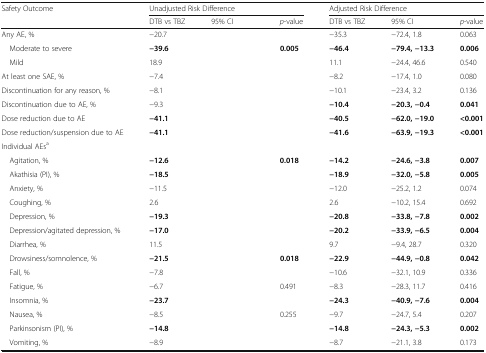
<table><thead><tr><td rowspan="2"><b>Safety Outcome</b></td><td colspan="3"><b>Unadjusted Risk Difference</b></td><td colspan="3"><b>Adjusted Risk Difference</b></td></tr><tr><td><b>DTB vs TBZ</b></td><td><b>95% CI</b></td><td><b><i>p</i>-value</b></td><td><b>DTB vs TBZ</b></td><td><b>95% CI</b></td><td><b><i>p</i>-value</b></td></tr></thead><tbody><tr><td>Any AE, %</td><td>−20.7</td><td>[EMPTY_CELL]</td><td>[EMPTY_CELL]</td><td>−35.3</td><td>−72.4, 1.8</td><td>0.063</td></tr><tr><td> Moderate to severe</td><td><b>−39.6</b></td><td>[EMPTY_CELL]</td><td><b>0.005</b></td><td><b>−46.4</b></td><td><b>−79.4, −13.3</b></td><td><b>0.006</b></td></tr><tr><td> Mild</td><td>18.9</td><td>[EMPTY_CELL]</td><td>[EMPTY_CELL]</td><td>11.1</td><td>−24.4, 46.6</td><td>0.540</td></tr><tr><td>At least one SAE, %</td><td>−7.4</td><td>[EMPTY_CELL]</td><td>[EMPTY_CELL]</td><td>−8.2</td><td>−17.4, 1.0</td><td>0.080</td></tr><tr><td>Discontinuation for any reason, %</td><td>−8.1</td><td>[EMPTY_CELL]</td><td>[EMPTY_CELL]</td><td>−10.1</td><td>−23.4, 3.2</td><td>0.136</td></tr><tr><td>Discontinuation due to AE, %</td><td>−9.3</td><td>[EMPTY_CELL]</td><td>[EMPTY_CELL]</td><td><b>−10.4</b></td><td><b>−20.3, −0.4</b></td><td><b>0.041</b></td></tr><tr><td>Dose reduction due to AE</td><td><b>−41.1</b></td><td>[EMPTY_CELL]</td><td>[EMPTY_CELL]</td><td><b>−40.5</b></td><td><b>−62.0, −19.0</b></td><td><b>&lt;0.001</b></td></tr><tr><td>Dose reduction/suspension due to AE</td><td><b>−41.1</b></td><td>[EMPTY_CELL]</td><td>[EMPTY_CELL]</td><td><b>−41.6</b></td><td><b>−63.9, −19.3</b></td><td><b>&lt;0.001</b></td></tr><tr><td colspan="7">Individual AEs<sup>a</sup></td></tr><tr><td> Agitation, %</td><td><b>−12.6</b></td><td>[EMPTY_CELL]</td><td><b>0.018</b></td><td><b>−14.2</b></td><td><b>−24.6, −3.8</b></td><td><b>0.007</b></td></tr><tr><td> Akathisia (PI), %</td><td><b>−18.5</b></td><td>[EMPTY_CELL]</td><td>[EMPTY_CELL]</td><td><b>−18.9</b></td><td><b>−32.0, −5.8</b></td><td><b>0.005</b></td></tr><tr><td> Anxiety, %</td><td>−11.5</td><td>[EMPTY_CELL]</td><td>[EMPTY_CELL]</td><td>−12.0</td><td>−25.2, 1.2</td><td>0.074</td></tr><tr><td> Coughing, %</td><td>2.6</td><td>[EMPTY_CELL]</td><td>[EMPTY_CELL]</td><td>2.6</td><td>−10.2, 15.4</td><td>0.692</td></tr><tr><td> Depression, %</td><td><b>−19.3</b></td><td>[EMPTY_CELL]</td><td>[EMPTY_CELL]</td><td><b>−20.8</b></td><td><b>−33.8, −7.8</b></td><td><b>0.002</b></td></tr><tr><td> Depression/agitated depression, %</td><td><b>−17.0</b></td><td>[EMPTY_CELL]</td><td>[EMPTY_CELL]</td><td><b>−20.2</b></td><td><b>−33.9, −6.5</b></td><td><b>0.004</b></td></tr><tr><td> Diarrhea, %</td><td>11.5</td><td>[EMPTY_CELL]</td><td>[EMPTY_CELL]</td><td>9.7</td><td>−9.4, 28.7</td><td>0.320</td></tr><tr><td> Drowsiness/somnolence, %</td><td><b>−21.5</b></td><td>[EMPTY_CELL]</td><td><b>0.018</b></td><td><b>−22.9</b></td><td><b>−44.9, −0.8</b></td><td><b>0.042</b></td></tr><tr><td> Fall, %</td><td>−7.8</td><td>[EMPTY_CELL]</td><td>[EMPTY_CELL]</td><td>−10.6</td><td>−32.1, 10.9</td><td>0.336</td></tr><tr><td> Fatigue, %</td><td>−6.7</td><td>[EMPTY_CELL]</td><td>0.491</td><td>−8.3</td><td>−28.3, 11.7</td><td>0.416</td></tr><tr><td> Insomnia, %</td><td><b>−23.7</b></td><td>[EMPTY_CELL]</td><td>[EMPTY_CELL]</td><td><b>−24.3</b></td><td><b>−40.9, −7.6</b></td><td><b>0.004</b></td></tr><tr><td> Nausea, %</td><td>−8.5</td><td>[EMPTY_CELL]</td><td>0.255</td><td>−9.7</td><td>−24.7, 5.4</td><td>0.207</td></tr><tr><td> Parkinsonism (PI), %</td><td><b>−14.8</b></td><td>[EMPTY_CELL]</td><td>[EMPTY_CELL]</td><td><b>−14.8</b></td><td><b>−24.3, −5.3</b></td><td><b>0.002</b></td></tr><tr><td> Vomiting, %</td><td>−8.9</td><td>[EMPTY_CELL]</td><td>[EMPTY_CELL]</td><td>−8.7</td><td>−21.1, 3.8</td><td>0.173</td></tr></tbody></table>